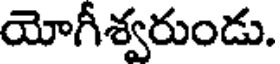
యోగీశ్వరుండు.